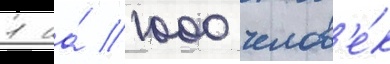
1 на́ 1000 челов'е́к